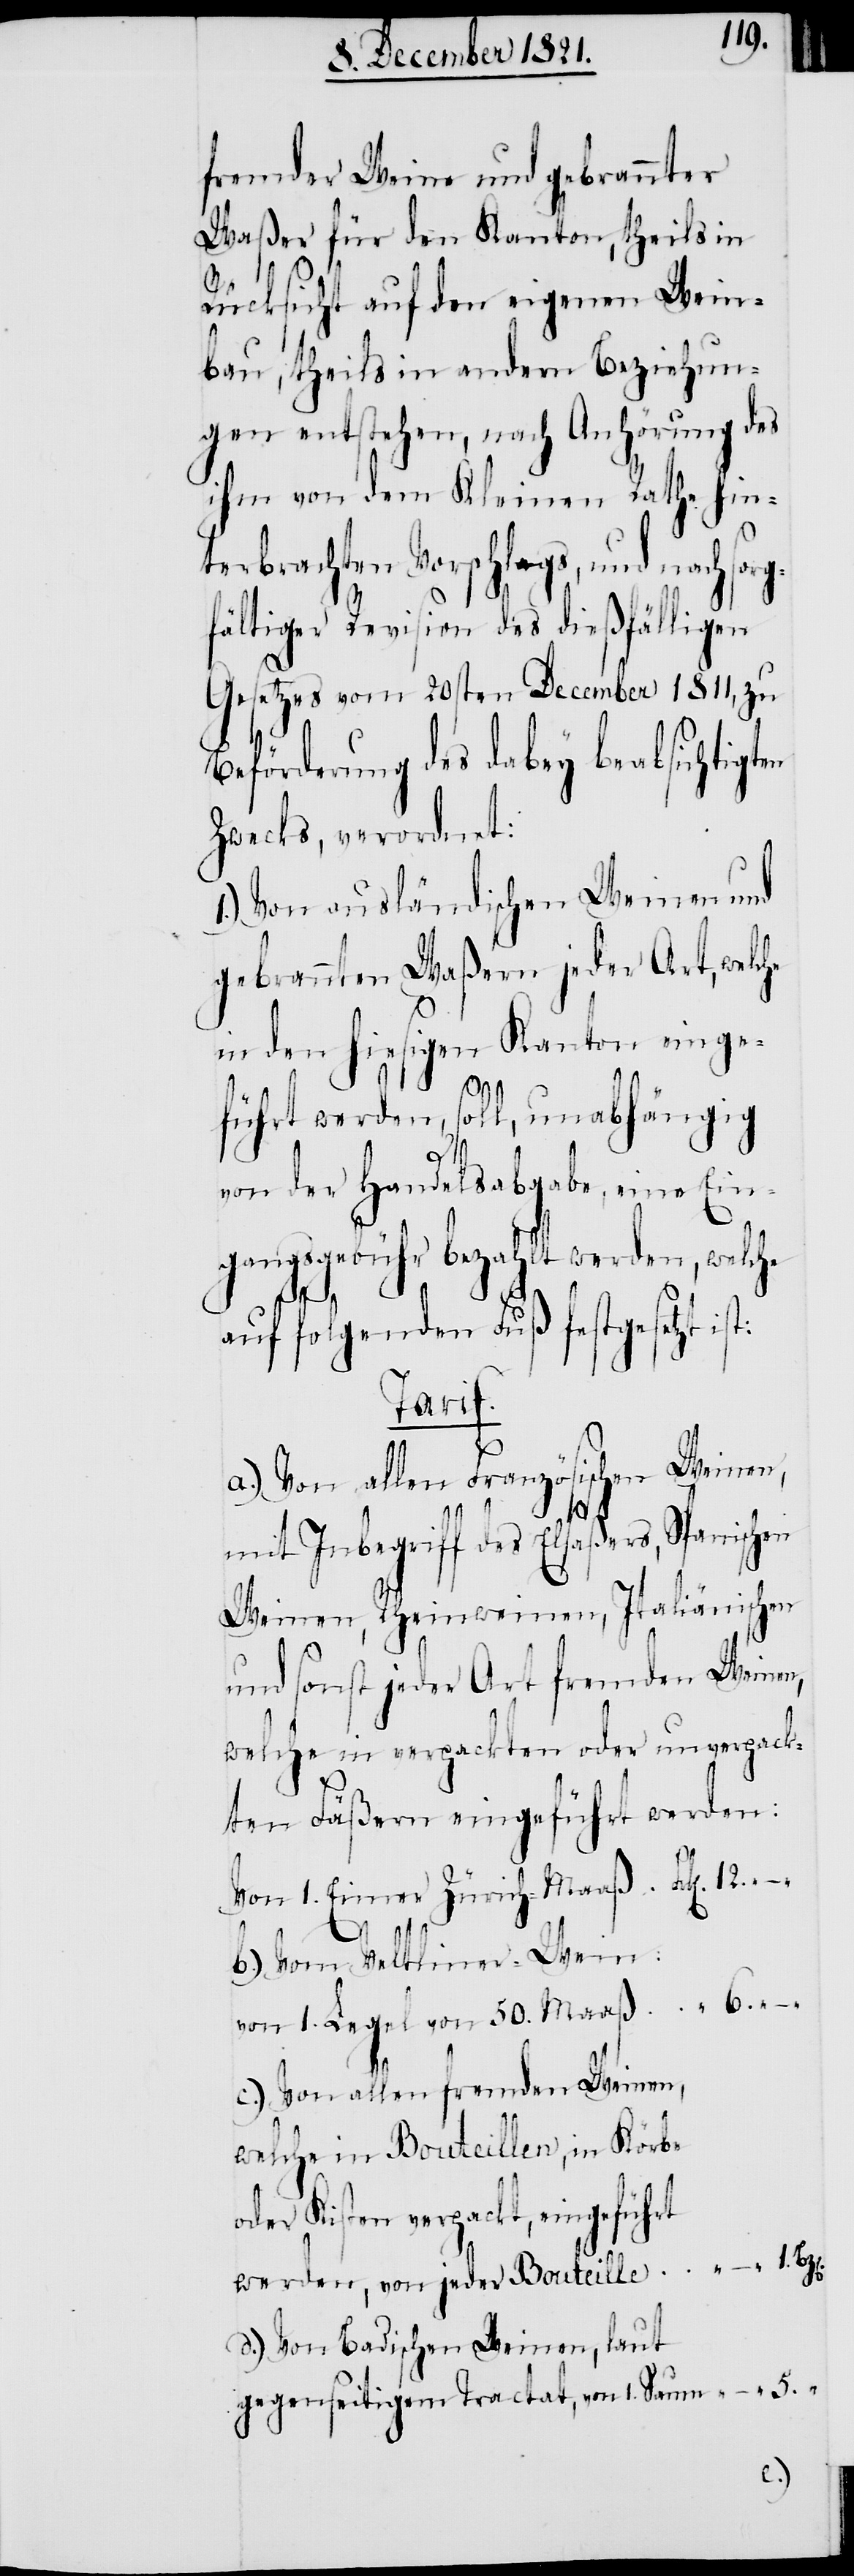
fremder Weine und gebrannter
Waßer für den Kanton, theils in
Rücksicht auf den eigenen Wein¬
bau, theils in andern Beziehun¬
gen entstehen, nach Anhörung des
ihm von dem Kleinen Rathe hin¬
terbrachten Vorschlags, und nach sorg¬
fältiger Revision des dießfälligen
Gesetzes vom 20sten December 1811, zu
Beförderung des dabey beabsichtigt¬
Zwecks, verordnet:
1.) Von ausländischen Weinen und
gebrannten Waßern jeder Art, welche
in den hiesigen Kanton einge¬
“
führt werden, soll, unabhängig
von der Handelsabgabe, eine Ein¬
gangsgebühr bezahlt werden, welche
auf folgenden Fuß festgesetzt
Tarif.
a.) Von allen Französischen Weinen,
–
5.
mit Inbegriff des Elsaßers, Spanischen
Weinen, Rheinweinen, Italiänischen
und sonst jeder Art fremden Weinen,
welche in verpackten oder unverpack¬
ten Fäßern eingeführt werden:
Von 1. Eimer Zürich-Maaß
b.) Vom Veltliner-Wein:
von 1. Legel von 50. Maaß
c.) Von allen fremden Weinen,
welche in Bouteillen, in Körbe
oder Kisten verpackt, eingeführt
werden, von jeder Bouteille
d.) Von Badischen Weinen, laut
gegenseitigem Tractat, von 1. Saum
“